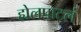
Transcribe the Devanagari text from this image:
ह्येलपाटलं